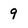
Character: 9